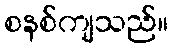
စနစ်ကျသည်။